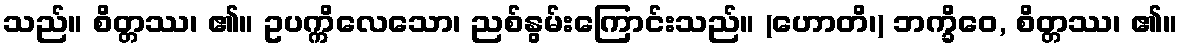
သည်။ စိတ္တဿ၊ ၏။ ဥပက္ကိလေသော၊ ညစ်နွမ်းကြောင်းသည်။ (ဟောတိ၊) ဘက္ခိဝေ, စိတ္တဿ၊ ၏။